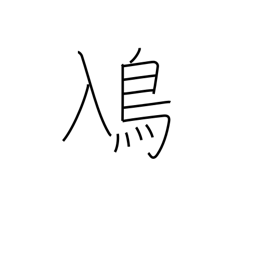
Meaning: grebe